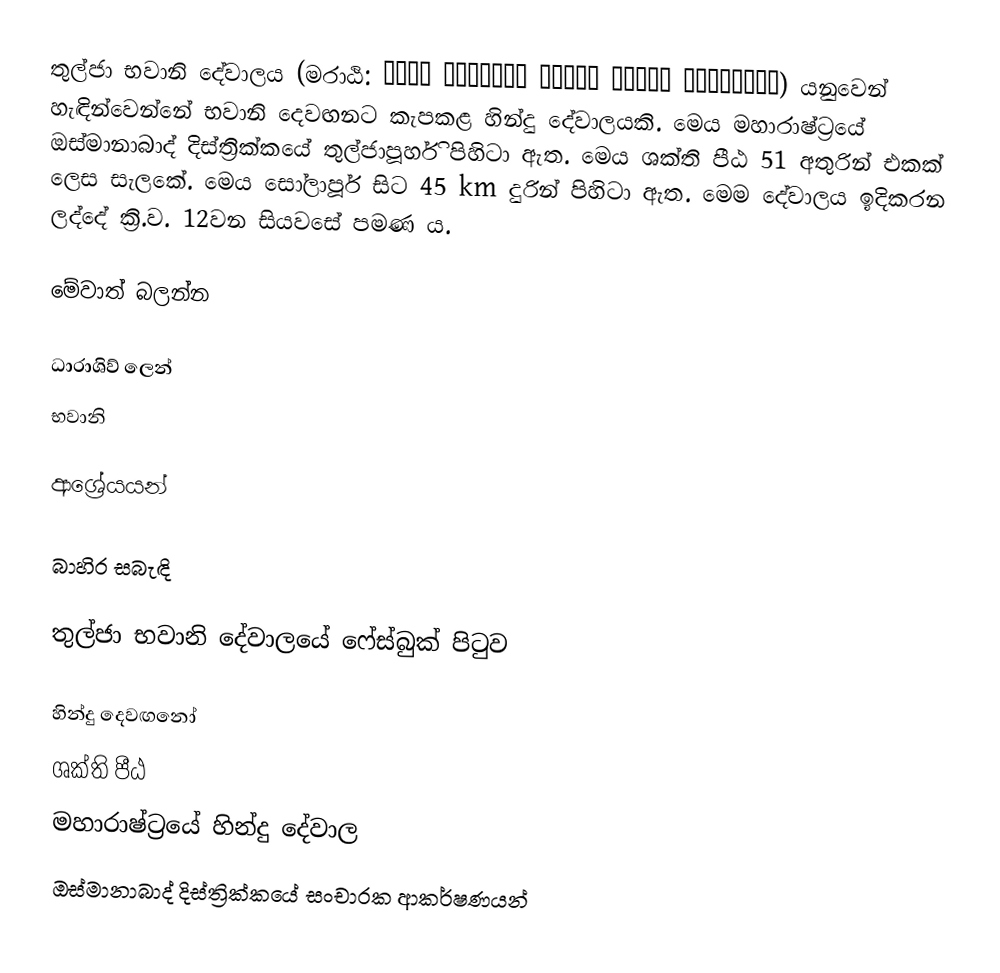
තුල්ජා භවානි දේවාලය (මරාඨි: श्री क्षेत्र तुळजा भवानी देवस्थान) යනුවෙන් හැඳින්වෙන්නේ භවානි දෙවඟනට කැපකළ හින්දු දේවාලයකි. මෙය මහාරාෂ්ට්‍රයේ ඔස්මානාබාද් දිස්ත්‍රික්කයේ තුල්ජාපූර්හි පිහිටා ඇත. මෙය ශක්ති පීඨ 51 අතුරින් එකක් ලෙස සැලකේ. මෙය සෝලාපූර් සිට 45  km දුරින් පිහිටා ඇත. මෙම දේවාලය ඉදිකරන ලද්දේ ක්‍රි.ව. 12වන සියවසේ පමණ ය.

මේවාත් බලන්න

 ධාරාශිව් ලෙන්
 භවානි

ආශ්‍රේයයන්

බාහිර සබැඳි

 තුල්ජා භවානි දේවාලයේ ෆේස්බුක් පිටුව

හින්දු දෙවඟනෝ
ශක්ති පීඨ
මහාරාෂ්ට්‍රයේ හින්දු දේවාල
ඔස්මානාබාද් දිස්ත්‍රික්කයේ සංචාරක ආකර්ෂණයන්